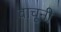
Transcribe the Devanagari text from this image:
वाचूनी